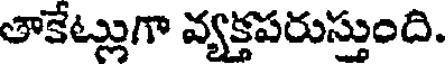
తాకేట్లుగా వ్యక్తపరుస్తుంది.